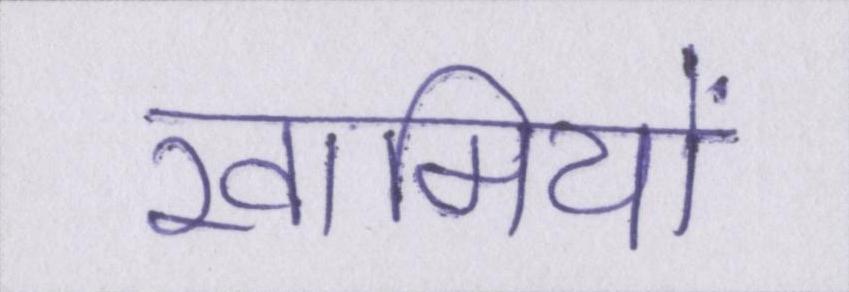
खामियों